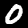
Label: 0